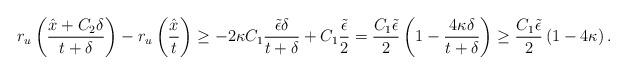
LaTeX: \begin{align*} r_u \left( \frac{\hat x + C_2 \delta}{t + \delta} \right) - r_u \left( \frac{\hat x}{t} \right) \ge - 2 \kappa C_1 \frac{\tilde \epsilon \delta}{t + \delta} +C_1 \frac{\tilde \epsilon}{2} = \frac{C_1 \tilde \epsilon}{2} \left( 1- \frac{4 \kappa \delta}{t+\delta} \right) \ge \frac{C_1 \tilde \epsilon}{2} \left( 1- 4 \kappa \right).\end{align*}